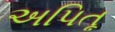
અપિતૂ